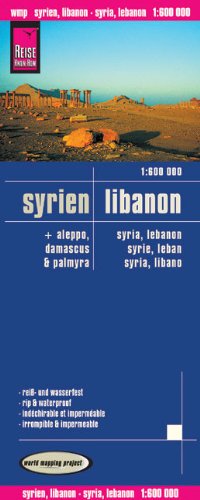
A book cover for Syria/Lebanon (German and English Edition); Reise Know-How Verlag; Travel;